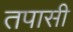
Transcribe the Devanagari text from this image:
तपासी